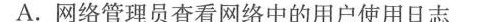
A.网络管理员查看网络中的用户使用日志